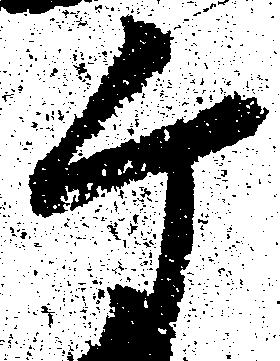
ケ